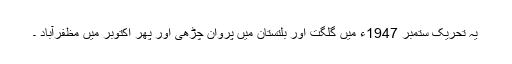
يہ تحريک ستمبر 1947ء میں گلگت اور بلتستان میں پروان چڑھی اور پھر اکتوبر میں مظفرآباد ۔